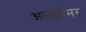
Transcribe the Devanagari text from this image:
अल्झीमर